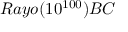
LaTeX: R a y o ( 1 0 ^ { 1 0 0 } ) B C